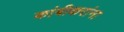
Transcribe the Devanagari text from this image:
कांबीकरांना